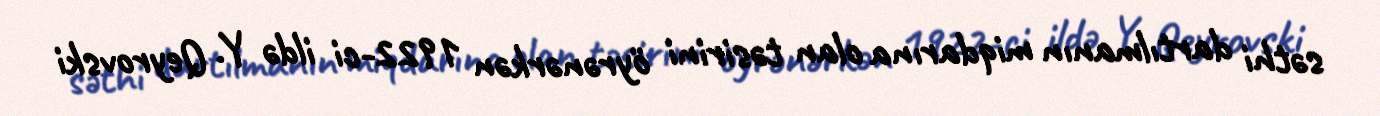
səthi dartılmanın miqdarına olan təsirini öyrənərkən 1922-ci ildə Y. Qeyrovski